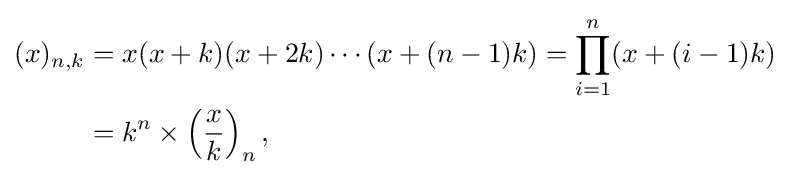
{\begin{aligned}(x)_{n,k}&=x(x+k)(x+2k)\cdots (x+(n-1)k)=\prod _{i=1}^{n}(x+(i-1)k)\\&=k^{n}\times \left({\frac {x}{k}}\right)_{n},\,\end{aligned}}